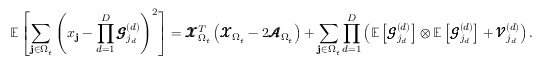
\mathbb { E } \left[ \sum _ { \mathbf { j } \in \Omega _ { t } } \left( x _ { \mathbf { j } } - \prod _ { d = 1 } ^ { D } \pmb { \mathscr { G } } _ { j _ { d } } ^ { ( d ) } \right) ^ { 2 } \right] = \pmb { \mathscr { X } } _ { \Omega _ { t } } ^ { T } \left( \pmb { \mathscr { X } } _ { \Omega _ { t } } - 2 \pmb { \mathscr { A } } _ { \Omega _ { t } } \right) + \sum _ { \mathbf { j } \in \Omega _ { t } } \prod _ { d = 1 } ^ { D } \left( \mathbb { E } \left[ \pmb { \mathscr { G } } _ { j _ { d } } ^ { ( d ) } \right] \otimes \mathbb { E } \left[ \pmb { \mathscr { G } } _ { j _ { d } } ^ { ( d ) } \right] + \pmb { \mathscr { V } } _ { j _ { d } } ^ { ( d ) } \right) .